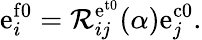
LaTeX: \mathrm{e}_{i}^{\mathrm{f0}}=\mathcal{R}_{ij}^{\mathrm{e}^{\mathrm{t0}}}(\alpha)\mathrm{e}_{j}^{\mathrm{c0}}.